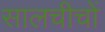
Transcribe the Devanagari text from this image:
सालचीचों